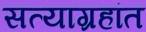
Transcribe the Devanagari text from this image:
सत्याग्रहांत